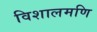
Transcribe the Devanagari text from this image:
विशालमणि